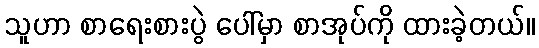
သူဟာ စာရေးစားပွဲ ပေါ်မှာ စာအုပ်ကို ထားခဲ့တယ်။